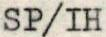
SP/IH